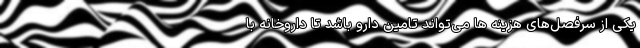
یکی از سرفصل‌های هزینه ها می‌تواند تامین دارو باشد تا داروخانه با